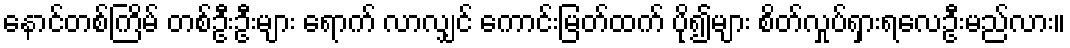
နောင်တစ်ကြိမ် တစ်ဦးဦးများ ရောက် လာလျှင် ကောင်းမြတ်ထက် ပို၍များ စိတ်လှုပ်ရှားရလေဦးမည်လား။